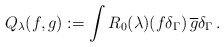
\begin{align*}Q_{\lambda}(f,g):=\int R_0(\lambda)(f\delta_\Gamma)\,\overline{g}\delta_\Gamma\,.\end{align*}